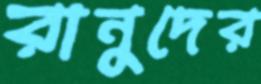
রানুদের